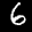
Label: 6